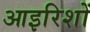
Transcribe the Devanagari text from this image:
आइरिशों